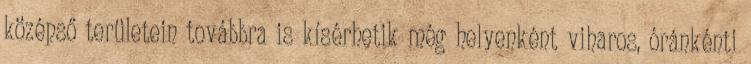
középső területein továbbra is kísérhetik még helyenként viharos, óránkénti